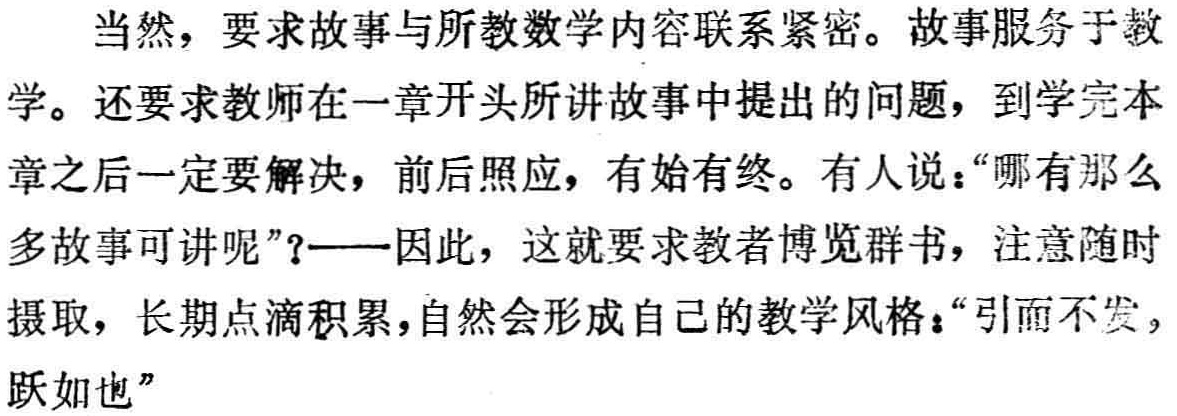
当然，要求故事与所教数学内容联系紧密。故事服务于教
学。还要求教师在一章开头所讲故事中提出的问题，到学完本
章之后一定要解决，前后照应，有始有终。有人说：“哪有那么
多故事可讲呢”？——因此，这就要求教者博览群书，注意随时
摄取，长期点滴积累，自然会形成自己的教学风格：“引而不发，
跃如也”